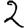
Digit: 2